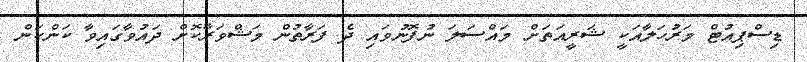
ޑިސްޕިއުޓް މަރުހަލާއަކީ ޝަރީއަތަށް މައްސަލަ ނުފޮނުވައި ދެ ފަރާތުން މަޝްވަރާކޮށް ދައުވާގައިވާ ކަންކަން